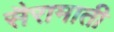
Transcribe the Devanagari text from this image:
सैरामाती